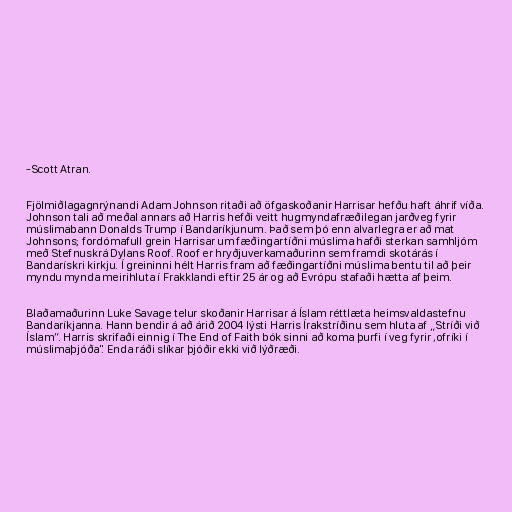
-Scott Atran.

Fjölmiðlagagnrýnandi Adam Johnson ritaði að öfgaskoðanir Harrisar hefðu haft áhrif víða.
Johnson tali að meðal annars að Harris hefði veitt hugmyndafræðilegan jarðveg fyrir
múslimabann Donalds Trump í Bandaríkjunum. Það sem þó enn alvarlegra er að mat
Johnsons; fordómafull grein Harrisar um fæðingartíðni múslima hafði sterkan samhljóm
með Stefnuskrá Dylans Roof. Roof er hryðjuverkamaðurinn sem framdi skotárás í
Bandarískri kirkju. Í greininni hélt Harris fram að fæðingartíðni múslima bentu til að þeir
myndu mynda meirihluta í Frakklandi eftir 25 ár og að Evrópu stafaði hætta af þeim.

Blaðamaðurinn Luke Savage telur skoðanir Harrisar á Íslam réttlæta heimsvaldastefnu
Bandaríkjanna. Hann bendir á að árið 2004 lýsti Harris Írakstríðinu sem hluta af „Stríði við
Íslam“. Harris skrifaði einnig í The End of Faith bók sinni að koma þurfi í veg fyrir ,ofríki í
múslimaþjóða". Enda ráði slíkar þjóðir ekki við lýðræði.